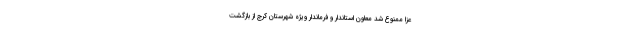
عزا ممنوع شد معاون استاندار و فرماندار ویژه شهرستان کرج از بازگشت